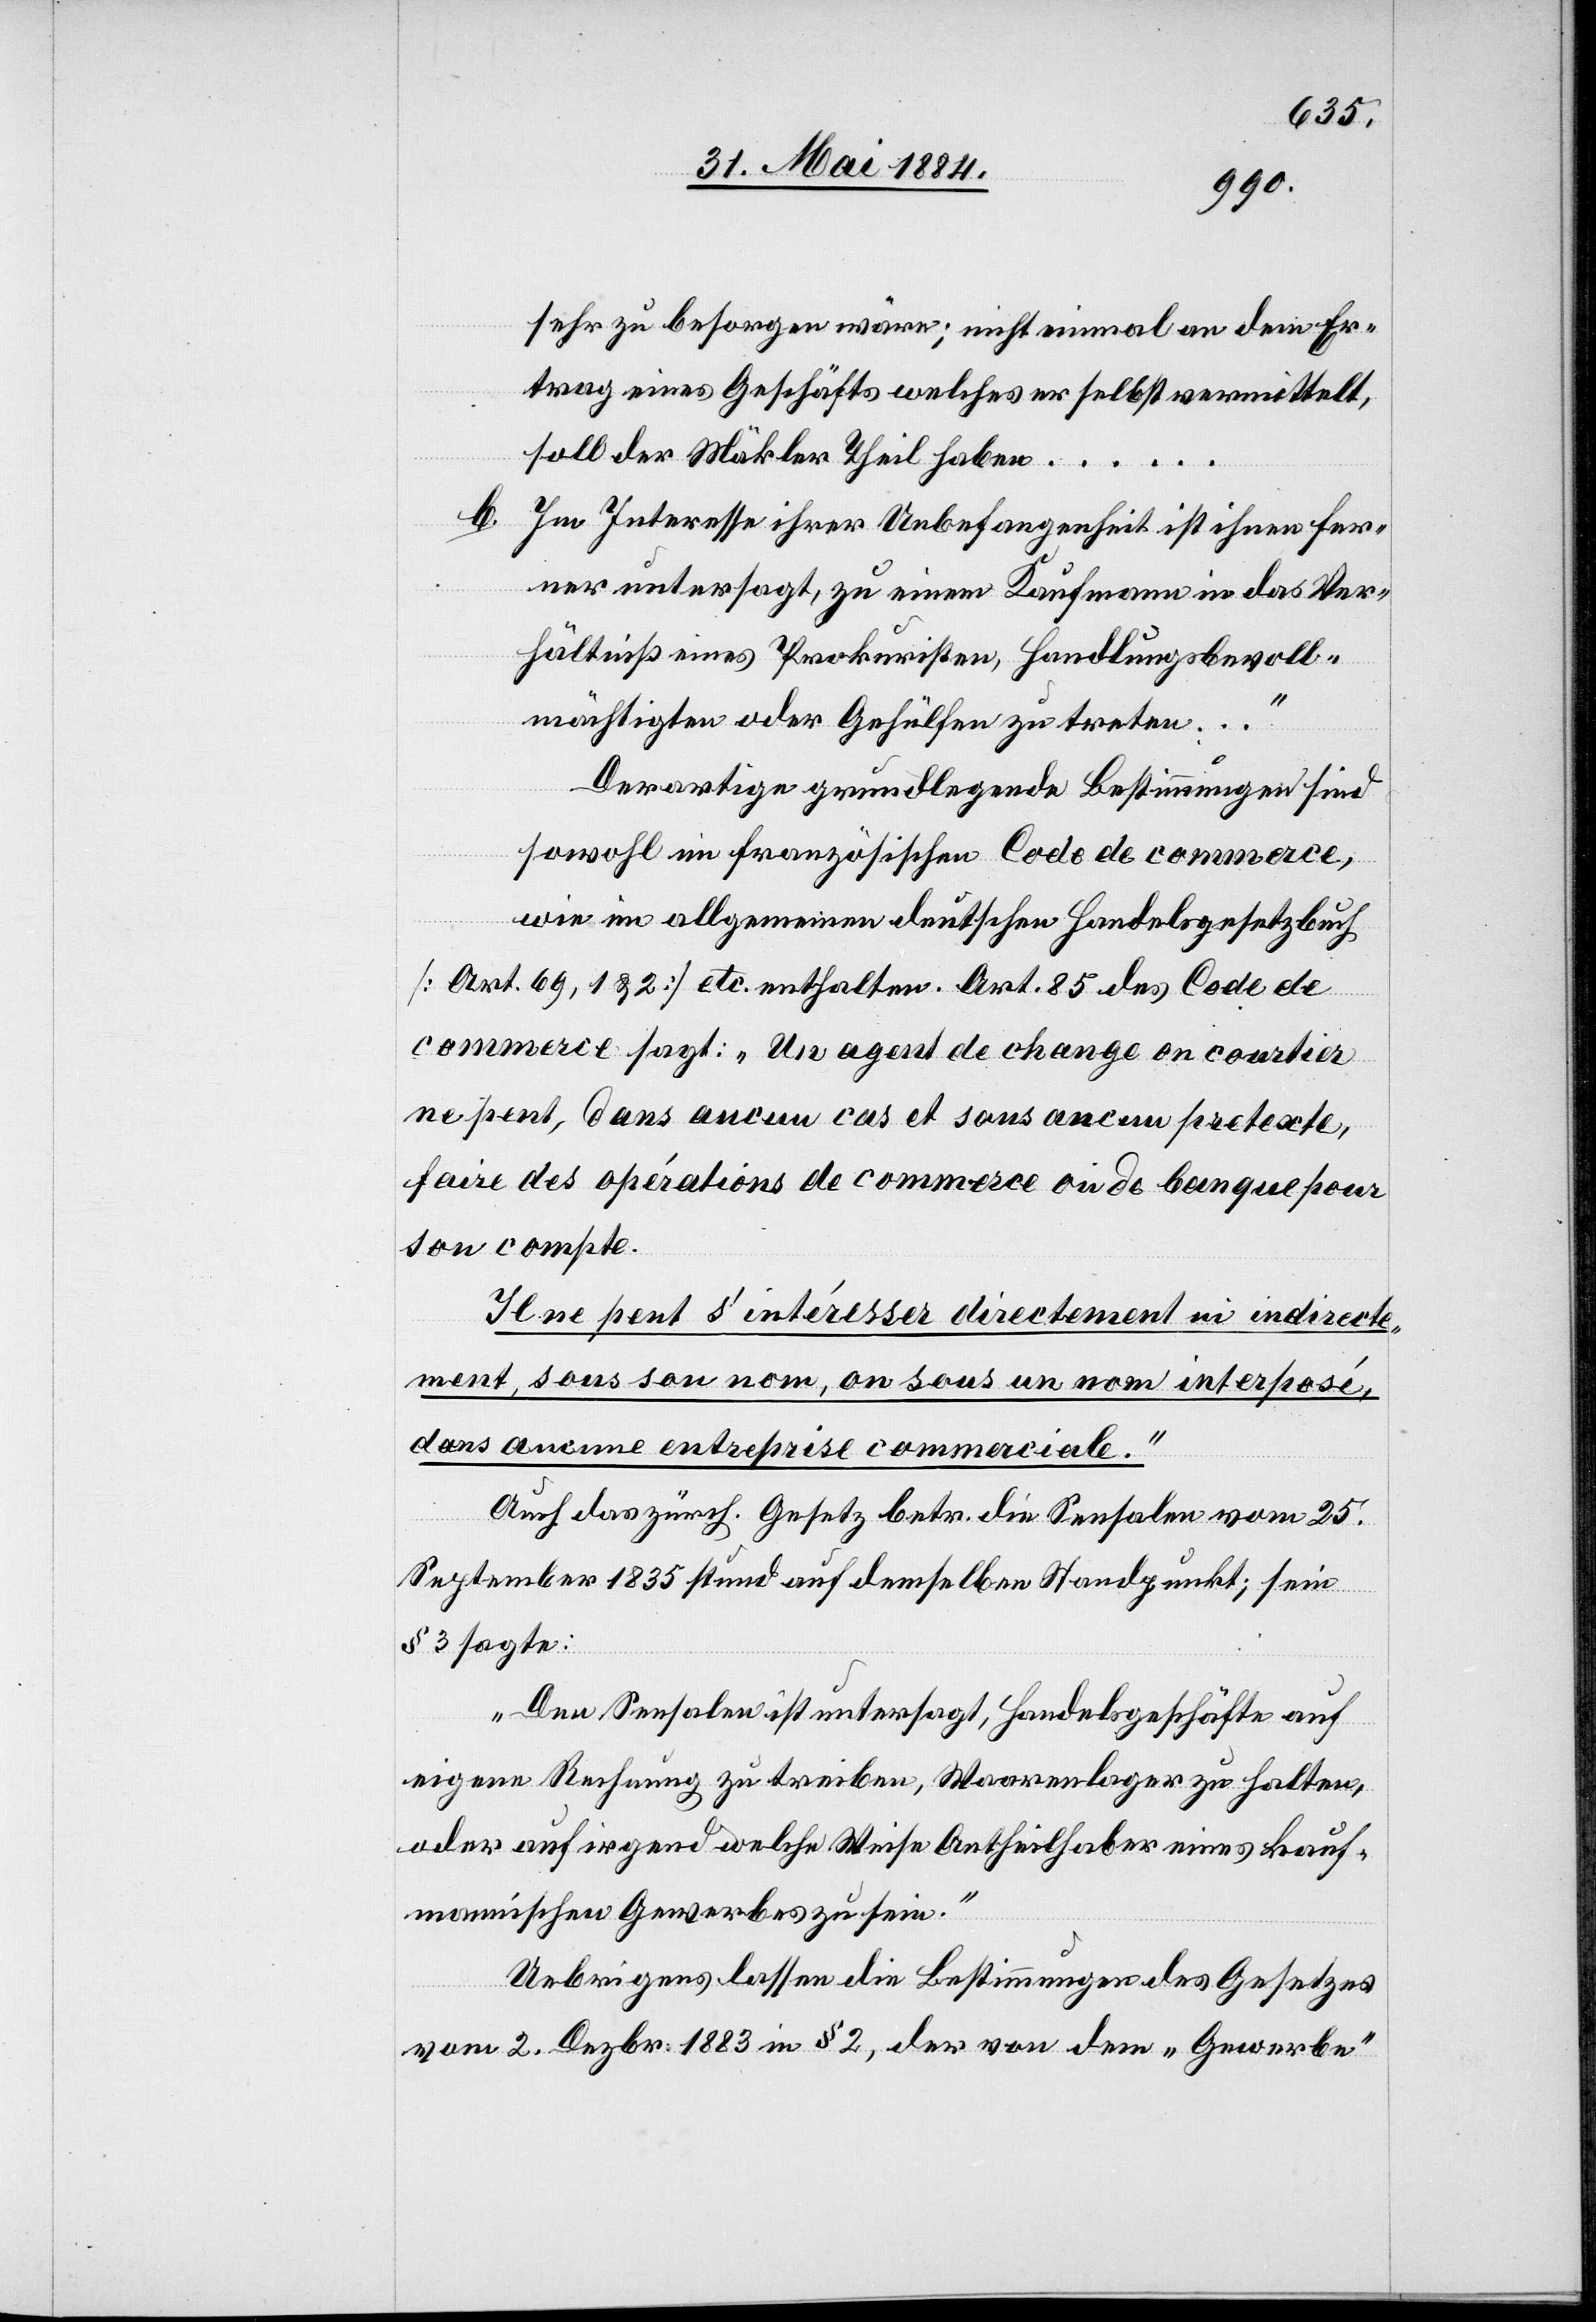
sehr zu besorgen wäre; nicht einmal an dem Er¬
trag eines Geschäftes welches er selbst vermittelt,
soll der Mäkler Theil haben…
b.
Im Interesse ihrer Unbefangenheit ist ihnen fer¬
ner untersagt, zu einem Kaufmann in das Ver¬
hältniß eines Prokuristen, Handlungsbevoll¬
mächtigten oder Gehülfen zu treten…“
Derartige grundlegende Bestimmungen sind
sowohl im französischen Code de commerce,
wie im allgemeinen deutschen Handelsgesetzbuch
[Art. 69, 1 & 2] etc. enthalten. Art. 85 des Code de
commerce sagt: „Un agent de change en courtier
ne peut, dans aucun cas et sans aucun pretexte,
faire des opération de commerce ou de banque pour
son compte.
Il ne peut s’intéresser directement ou indirecte¬
ment, sous son nom, ou sous un nom interposé,
dans aucune entreprise commerciale.“
Auch das zürch. Gesetz betr. die Sensalen vom 25.
September 1835 stund auf demselben Standpunkt; sein
§ 3 sagte:
„Den Sensalen ist untersagt, Handelsgeschäfte auf
eigene Rechnung zu treiben, Waarenlager zu halten,
oder auf irgend welche Weise Antheilhaber eines kauf¬
männischen Gewerbes zu sein.“
Uebrigens lassen die Bestimmungen des Gesetzes
vom 2. Dezbr. 1883 in § 2, der von dem „Gewerbe“